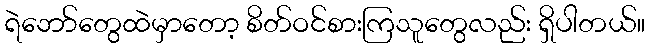
ရဲဘော်တွေထဲမှာတော့ စိတ်ဝင်စားကြသူတွေလည်း ရှိပါတယ်။